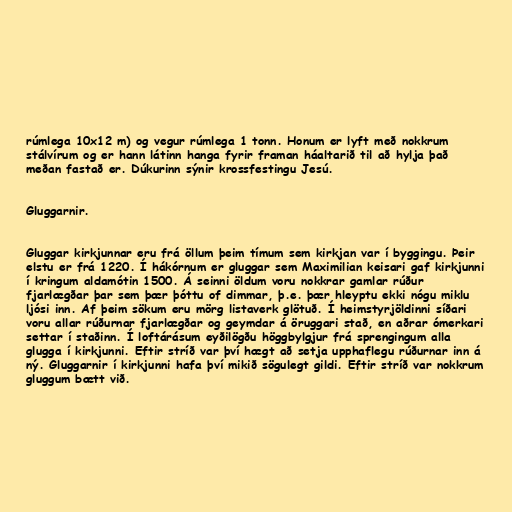
rúmlega 10x12 m) og vegur rúmlega 1 tonn. Honum er lyft með nokkrum
stálvírum og er hann látinn hanga fyrir framan háaltarið til að hylja það
meðan fastað er. Dúkurinn sýnir krossfestingu Jesú.

Gluggarnir.

Gluggar kirkjunnar eru frá öllum þeim tímum sem kirkjan var í byggingu. Þeir
elstu er frá 1220. Í hákórnum er gluggar sem Maximilian keisari gaf kirkjunni
í kringum aldamótin 1500. Á seinni öldum voru nokkrar gamlar rúður
fjarlægðar þar sem þær þóttu of dimmar, þ.e. þær hleyptu ekki nógu miklu
ljósi inn. Af þeim sökum eru mörg listaverk glötuð. Í heimstyrjöldinni síðari
voru allar rúðurnar fjarlægðar og geymdar á öruggari stað, en aðrar ómerkari
settar í staðinn. Í loftárásum eyðilögðu höggbylgjur frá sprengingum alla
glugga í kirkjunni. Eftir stríð var því hægt að setja upphaflegu rúðurnar inn á
ný. Gluggarnir í kirkjunni hafa því mikið sögulegt gildi. Eftir stríð var nokkrum
gluggum bætt við.